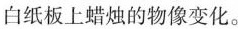
白纸板上蜡烛的物像变化。